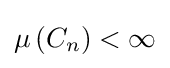
\mu \left(C_{n}\right)<\infty